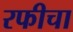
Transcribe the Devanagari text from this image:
रफीचा